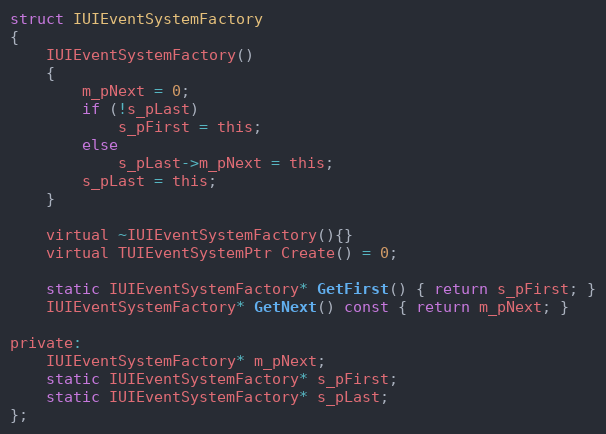
Language: C
struct IUIEventSystemFactory
{
	IUIEventSystemFactory()
	{
		m_pNext = 0;
		if (!s_pLast)
			s_pFirst = this;
		else
			s_pLast->m_pNext = this;
		s_pLast = this;
	}

	virtual ~IUIEventSystemFactory(){}
	virtual TUIEventSystemPtr Create() = 0;

	static IUIEventSystemFactory* GetFirst() { return s_pFirst; }
	IUIEventSystemFactory* GetNext() const { return m_pNext; }

private:
	IUIEventSystemFactory* m_pNext;
	static IUIEventSystemFactory* s_pFirst;
	static IUIEventSystemFactory* s_pLast;
};